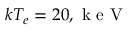
k T _ { e } = 2 0 , \mathrm { ~ k ~ e ~ V ~ }